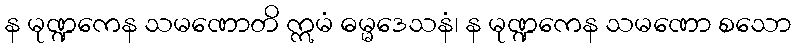
န မုဏ္ဍကေန သမဏောတိ ဣမံ ဓမ္မဒေသနံ၊ န မုဏ္ဍကေန သမဏော စသော